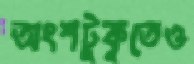
অংশটুকুতেও